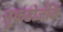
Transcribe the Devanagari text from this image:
तुकडोजीके